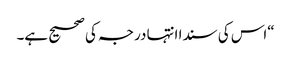
“اس کی سندا انتہا درجہ کی صحیح ہے۔